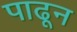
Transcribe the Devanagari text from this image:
पाढून